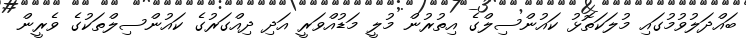
ބައްދަލުވުމުގައި މުލަކަތޮޅު ކައުންސިލްގެ އިތުރުން މުލީ މަޑުއްވަރީ އަދި ދިއްގަރުގެ ކައުންސިލްތަކުގެ ވެރީން